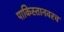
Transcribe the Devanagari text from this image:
पाकिस्तानवरच